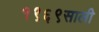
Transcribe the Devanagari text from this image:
१९६९साली